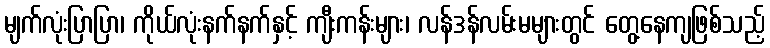
မျက်လုံးပြာပြာ၊ ကိုယ်လုံးနက်နက်နှင့် ကျီးကန်းများ၊ လန်ဒန်လမ်းမများတွင် တွေ့နေကျဖြစ်သည့်